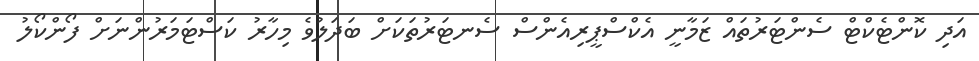
އަދި ކޮންޓެކްޓް ސެންޓަރުތައް ޒަމާނީ އެކްސްޕީރިއެންސް ސެނޓަރުތަކަށް ބަދަލުވެ މިހާރު ކަސްޓަމަރުންނަށް ފޯންކޯލު